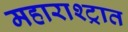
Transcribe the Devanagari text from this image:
महाराश्ट्रात